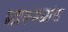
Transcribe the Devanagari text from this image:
ब्रह्मकमळांचा